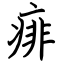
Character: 痱